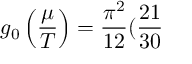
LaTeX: g _ { 0 } \left( \frac { \mu } { T } \right) = \frac { \pi ^ { 2 } } { 1 2 } ( \frac { 2 1 } { 3 0 }